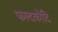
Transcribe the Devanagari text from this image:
फल्दकोटि